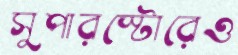
সুপারস্টোরেও